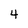
Character: 4